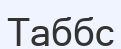
Таббс